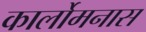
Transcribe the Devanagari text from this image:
कार्लोमनास